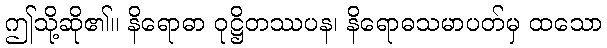
ဤသို့ဆို၏။ နိရောဓာ ဝုဋ္ဌိတဿပန၊ နိရောဓသမာပတ်မှ ထသော